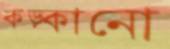
কড়্‌কানো